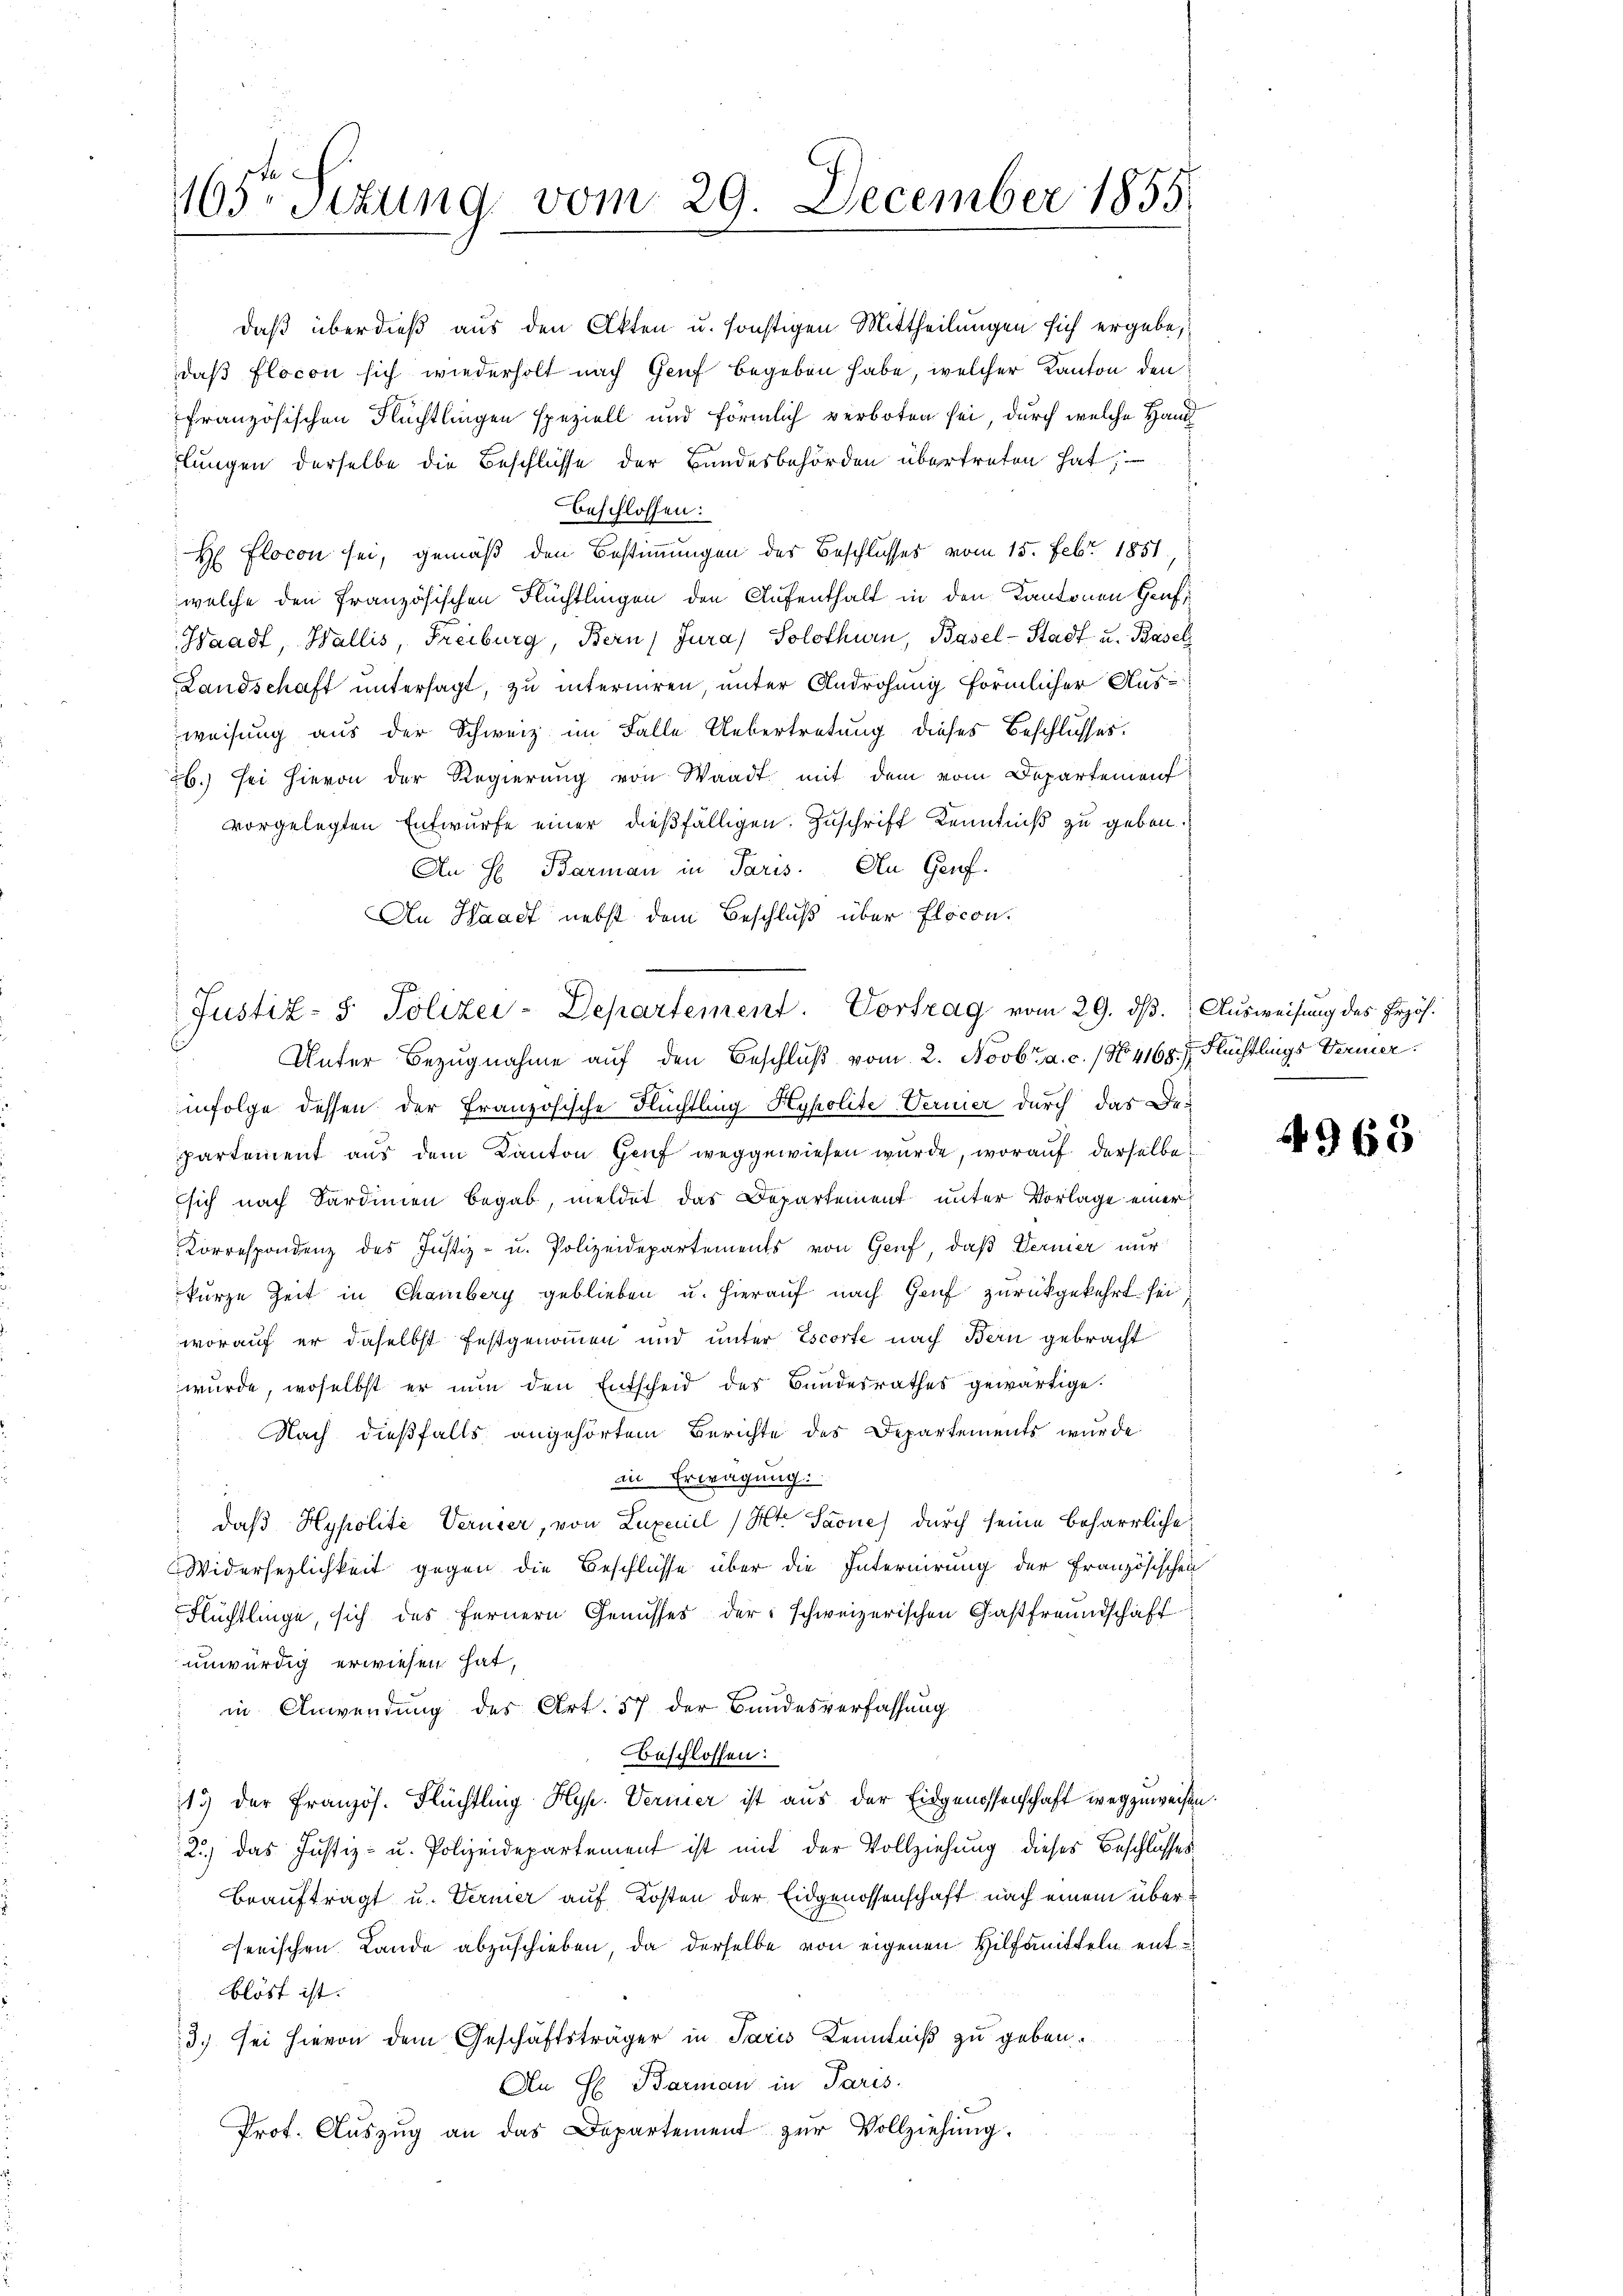
165 Sizung vom 29. December 1855

Waadt, Wallis, Freiburg, Bern, Jura) Solothurn, Basel-Stadt u. Basel
Landschaft untersagt, zu interniren, unter Androhung förmlicher Ausweisung aus der Schweiz im Falle Uebertretung dieses Beschlusses.
26.) sei hievon der Regierung von Waadt mit dem vom Departement
vorgelegten Entwurfe einer dießfälligen Zuschrift Kenntniß zu geben.
An H Barman in Paris. An Genf.
An Haarf nebst dem Beschluß über locon
Unter Bezugnahme auf den Beschluß vom 2. Novbr. a. c. / N4168. 7 Flüchtlings Vermer
infolge dessen der Französische Flüchtling Hypolite-Vernier durch das Departement aus dem Kanton Genf weggewiesen wurde, worauf derselbe
sich nach Sardinien begab, meldet das Departement unter Vorlage einer
Korrespondenz des Justiz- u. Polizeidepartements von Genf, daß Vernier nur
kurze Zeit in Chamberg geblieben u. hierauf nach Genf zurückgekehrt sei
worauf er daselbst festgenommen und unter Escorte nach Bern gebracht
wurde, woselbst er nun den Entscheid des Bundesrathes gewärtige.
Nach dießfalls angehörtem Berichte des Departements wurde
in Erwägung.
: daß Hypolite Verner, von Luxenel Kt. Saone durch seine beharrliche
Widersezlichkeit gegen die Beschlüsse über die Internirung der Französischen
Flüchtlinge, sich des fernern Genusses der schweizerischen Gastfreundschaft
unwürdig erwiesen hat.
in Anwendung des Art. 57 der Bandesverfassung
beschlossen:
13) der Französ. Flüchtling Hyp. Vermer ist aus der Eidgenossenschaft wegzuweisen
2) das Justiz- u. Polizeidepartement ist mit der Vollziehung dieses Beschlusses
beauftragt u. Vermer auf Kosten der Eidgenossenschaft nach einem überserischen Lande abzuschieben, da derselbe von eigenen Hilfsmitteln entblöst ist. |
3. sei hievon dem Geschäftsträger in Paris Kenntniß zu geben.
An H. Barman in Paris.
Prof. Aŭszŭg an das Departement zŭr Vollziehung.

daß überdieß aus den Akten u. sonstigen Mittheilungen sich ergebe,
daß flocon sich wiederholt nach Genf begeben habe, welcher Kanton den
französischen Flüchtlingen speziell und förmlich verboten sei, durch welche Hand
lungen derselbe die Beschlüsse der Bandesbehörden übertreten hat,
beschlossen:
H Flocon sei, gemäß den Bestimmungen der Beschlusses vom 15. Febr. 1851
welche den französischen Flüchtlingen den Aufenthalt in den Kantonen Heuf¬

Justiz- & Polizei-Departement. Vortrag vom 29. dβ. Ausweisung des Erzöf¬

4963